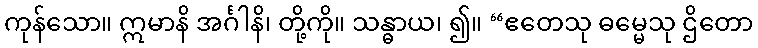
ကုန်သော။ ဣမာနိ အင်္ဂါနိ၊ တို့ကို။ သန္ဓာယ၊ ၍။ “ဧတေသု ဓမ္မေသု ဌိတော